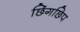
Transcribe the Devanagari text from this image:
छिंगछिप